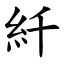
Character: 䊹